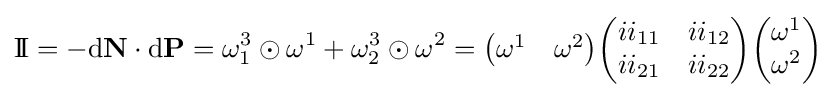
\mathrm {I\!I} =-\mathrm {d} \mathbf {N} \cdot \mathrm {d} \mathbf {P} =\omega _{1}^{3}\odot \omega ^{1}+\omega _{2}^{3}\odot \omega ^{2}={\begin{pmatrix}\omega ^{1}&\omega ^{2}\end{pmatrix}}{\begin{pmatrix}ii_{11}&ii_{12}\\ii_{21}&ii_{22}\end{pmatrix}}{\begin{pmatrix}\omega ^{1}\\\omega ^{2}\end{pmatrix}}